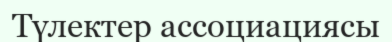
Түлектер ассоциациясы